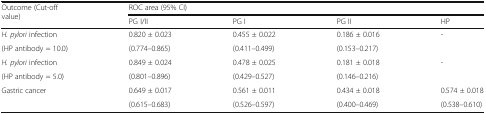
| <ROWSPAN=2> Outcome (Cut-off value) | <COLSPAN=4> ROC area (95% CI) |
 | PG I/II | PG I | PG II | HP |
 | --- | --- | --- | --- | --- |
 | H. pylori infection | 0.820 ± 0.023 | 0.455 ± 0.022 | 0.186 ± 0.016 | <ROWSPAN=2> - |
 | (HP antibody = 10.0) | (0.774–0.865) | (0.411–0.499) | (0.153–0.217) |
 | H. pylori infection | 0.849 ± 0.024 | 0.478 ± 0.025 | 0.181 ± 0.018 | <ROWSPAN=2> - |
 | (HP antibody = 5.0) | (0.801–0.896) | (0.429–0.527) | (0.146–0.216) |
 | Gastric cancer | 0.649 ± 0.017 | 0.561 ± 0.011 | 0.434 ± 0.018 | 0.574 ± 0.018 |
 |  | (0.615–0.683) | (0.526–0.597) | (0.400–0.469) | (0.538–0.610) |